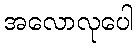
အလောလုပေါ